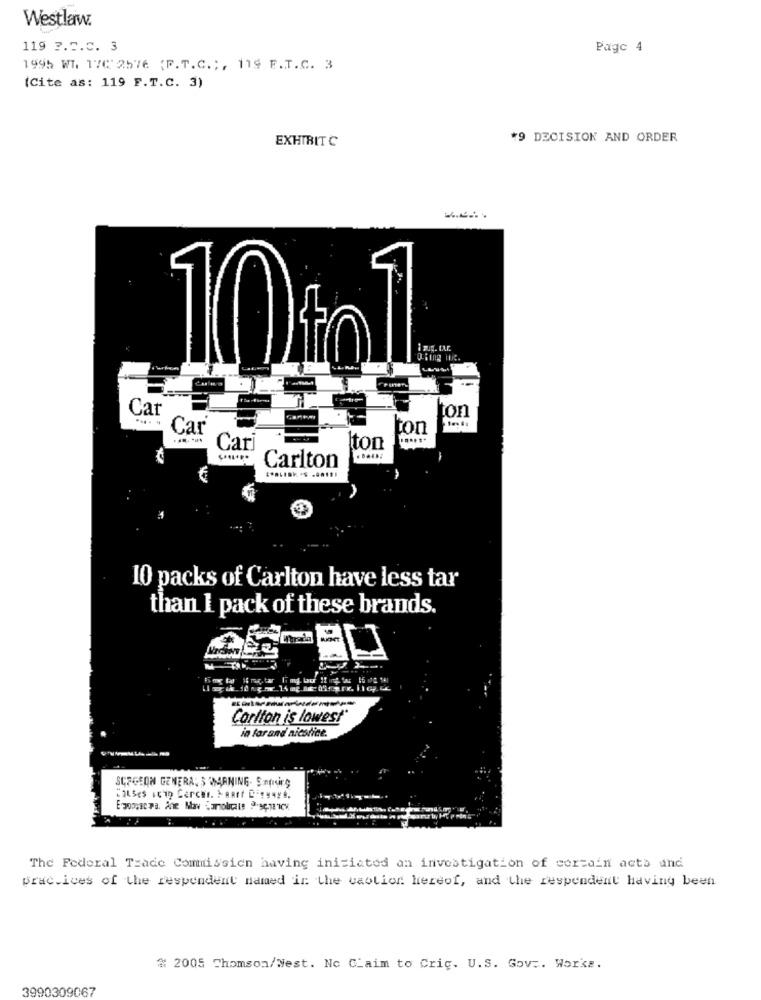
Westlaw.
119 ?. 5.C. 3
Page 4
1995 WI. 17C: 2576 {F.T.C .;, 119 F.T.C. 3
(Cite as: 119 F.T.C. 3)
#9 DECISION AND ORDER
EXHIBIT C
10 to 1.
Car
ton
Car
ton
......
Cari
Iton
Carlton
10 packs of Carlton have less tar
than I pack of these brands.
Carlton is lowest
in far and nicotine.
SURGEON GENERAL 3 WMANING. S.noirg
The Federal Trade Commission having initiated an investigation of certain acta und
prac.ices of the respondent named in the vaolior hereof, and the respondent having been
#2005 Thomson/Nest. No Claim to Cric. U.S. Gov .. Works.
3990309067